Insane asylums Bombay 1873-77 - 1873-1877
Year: 1873
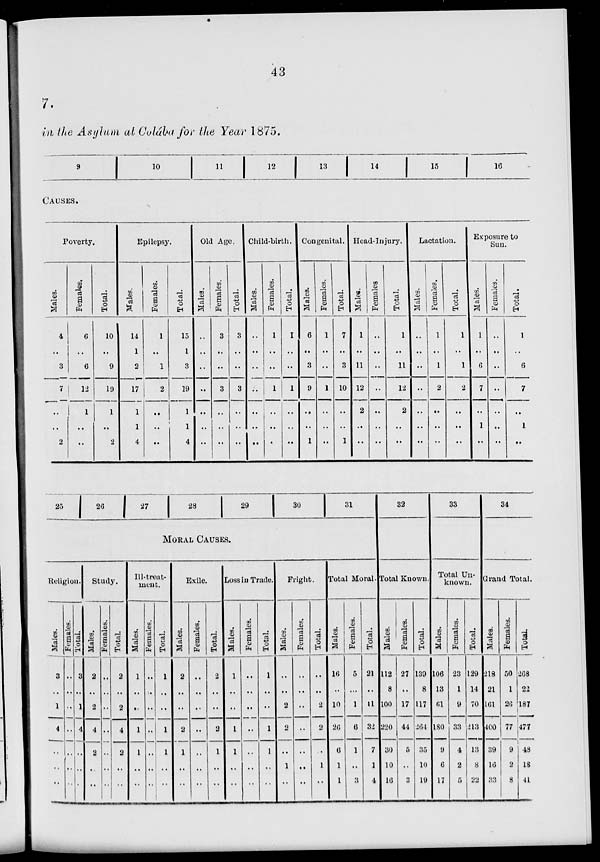
43
7.
in the Asylum at Colaba for the Year 1875.
9
10
11
12
13
14
15
16
CAUSES.
Poverty.
Males.
4
..
3
7
..
..
2
Females.
6
..
6
12
1
..
..
Total.
10
..
9
19
1
..
2
Epilepsy.
Males.
14
1
2
17
1
1
4
Females.
1
..
1
2
..
..
..
Total.
15
1
3
19
1
1
4
Old Age.
Males.
..
..
..
..
..
..
..
Females.
3
..
..
3
..
..
..
Total.
3
..
..
3
..
..
..
Child-birth.
Males.
..
..
..
..
..
..
..
Females.
1
..
..
1
..
..
..
Total.
1
..
..
1
..
..
..
Congenital.
Males.
6
..
3
9
..
..
1
Females.
1
..
..
1
..
..
..
Total.
7
..
3
10
..
..
1
Head-Injury.
Males.
1
..
11
12
2
..
..
Females
..
..
..
..
..
..
..
Total.
1
..
11
12
2
..
..
Lactation.
Males.
..
..
..
..
..
..
..
Females.
1
..
1
2
..
..
..
Total.
1
..
1
2
..
..
..
Exposure to
Sun.
Males.
1
..
6
7
..
1
..
Females.
..
..
..
..
..
..
..
Total.
1
..
6
7
..
1
..
25
26
27
28
29
30
31
MORAL CAUSES.
Religion.
Males.
3
..
1
4
..
..
..
Females.
..
..
..
..
..
..
..
Total.
3
..
1
4
..
..
..
Study.
Males.
2
..
2
4
2
..
..
Females.
..
..
..
..
..
..
..
Total.
2
..
2
4
2
..
..
Ill-treat-
ment.
Males.
1
..
..
1
1
..
..
Females.
..
..
..
..
..
..
..
Total.
1
..
..
1
1
..
..
Exile.
Males.
2
..
..
2
1
..
..
Females,
..
..
..
..
..
..
..
Total.
2
..
..
2
1
..
..
Loss in Trade.
Males.
1
..
..
1
1
..
..
Females.
..
..
..
..
..
..
..
Total.
1
..
..
1
1
..
..
Fright.
Males.
..
..
2
2
..
1
..
Females.
..
..
..
..
..
..
..
Total.
..
..
2
2
..
1
..
Total Moral.
Males.
16
..
10
26
6
1
1
Females.
5
..
1
6
1
..
3
Total.
21
..
11
32
7
1
4
32
Total Known.
Males.
112
8
100
220
30
10
16
Females.
27
..
17
44
5
..
3
Total.
139
8
117
264
35
10
19
33
Total Un-
known.
Males.
106
13
61
180
9
6
17
Females.
23
1
9
33
4
2
5
Total.
129
14
70
213
13
8
22
34
Grand Total.
Males.
218
21
161
400
39
16
33
Females.
50
1
26
77
9
2
8
Total
268
22
187
477
48
18
41